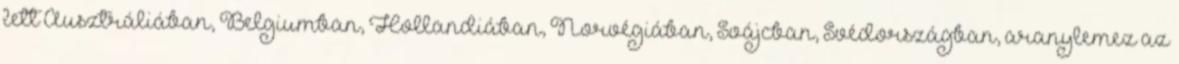
lett Ausztráliában, Belgiumban, Hollandiában, Norvégiában, Svájcban, Svédországban, aranylemez az